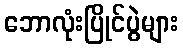
ဘောလုံးပြိုင်ပွဲများ